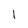
Character: 1